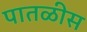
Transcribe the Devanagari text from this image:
पातळीस